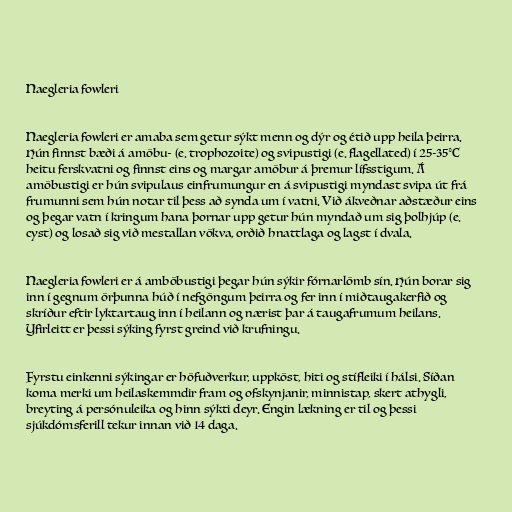
Naegleria fowleri

Naegleria fowleri er amaba sem getur sýkt menn og dýr og étið upp heila þeirra.
Hún finnst bæði á amöbu- (e. trophozoite) og svipustigi (e. flagellated) í 25-35°C
heitu ferskvatni og finnst eins og margar amöbur á þremur lífsstigum. Á
amöbustigi er hún svipulaus einfrumungur en á svipustigi myndast svipa út frá
frumunni sem hún notar til þess að synda um í vatni. Við ákveðnar aðstæður eins
og þegar vatn í kringum hana þornar upp getur hún myndað um sig þolhjúp (e.
cyst) og losað sig við mestallan vökva, orðið hnattlaga og lagst í dvala.

Naegleria fowleri er á amböbustigi þegar hún sýkir fórnarlömb sín. Hún borar sig
inn í gegnum örþunna húð í nefgöngum þeirra og fer inn í miðtaugakerfið og
skríður eftir lyktartaug inn í heilann og nærist þar á taugafrumum heilans.
Yfirleitt er þessi sýking fyrst greind við krufningu.

Fyrstu einkenni sýkingar er höfuðverkur, uppköst, hiti og stífleiki í hálsi. Síðan
koma merki um heilaskemmdir fram og ofskynjanir, minnistap, skert athygli,
breyting á persónuleika og hinn sýkti deyr. Engin lækning er til og þessi
sjúkdómsferill tekur innan við 14 daga.